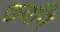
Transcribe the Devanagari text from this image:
छवनि